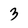
Character: 3